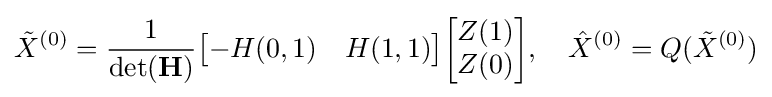
{\tilde {X}}^{(0)}={\frac {1}{\det(\mathbf {H} )}}{\begin{bmatrix}-H(0,1)&H(1,1)\end{bmatrix}}{\begin{bmatrix}Z(1)\\Z(0)\end{bmatrix}},\quad {\hat {X}}^{(0)}=Q({\tilde {X}}^{(0)})